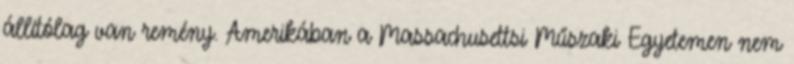
állítólag van remény. Amerikában a Massachusettsi Műszaki Egyetemen nem